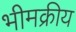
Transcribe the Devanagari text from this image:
भीमक्रीय